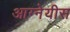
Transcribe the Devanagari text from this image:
आग्नेयीस